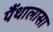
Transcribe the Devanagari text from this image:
पैंथालासा